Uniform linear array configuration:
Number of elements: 16
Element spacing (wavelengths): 1
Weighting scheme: kaiser
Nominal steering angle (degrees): -30
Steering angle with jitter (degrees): -31.624
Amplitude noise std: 0.05
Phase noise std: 0.05

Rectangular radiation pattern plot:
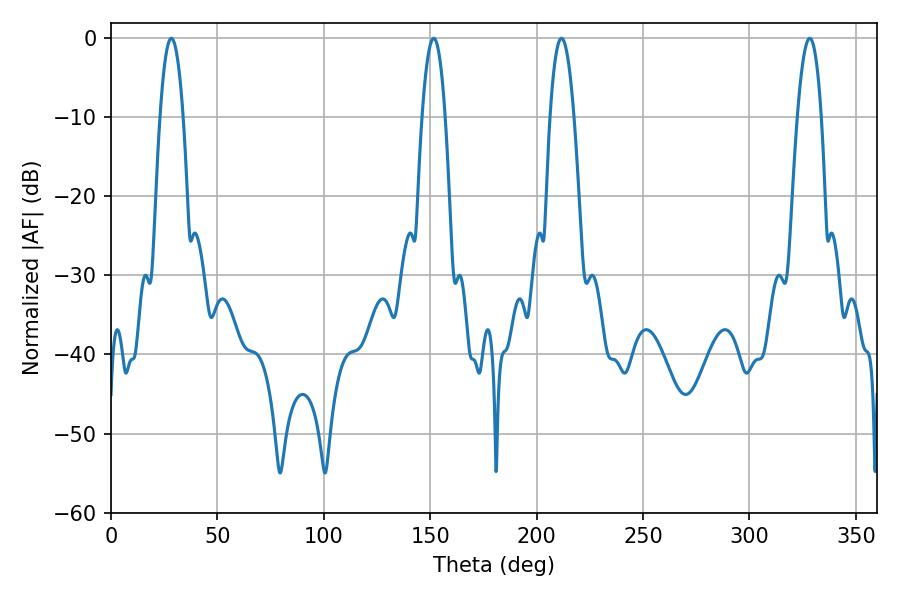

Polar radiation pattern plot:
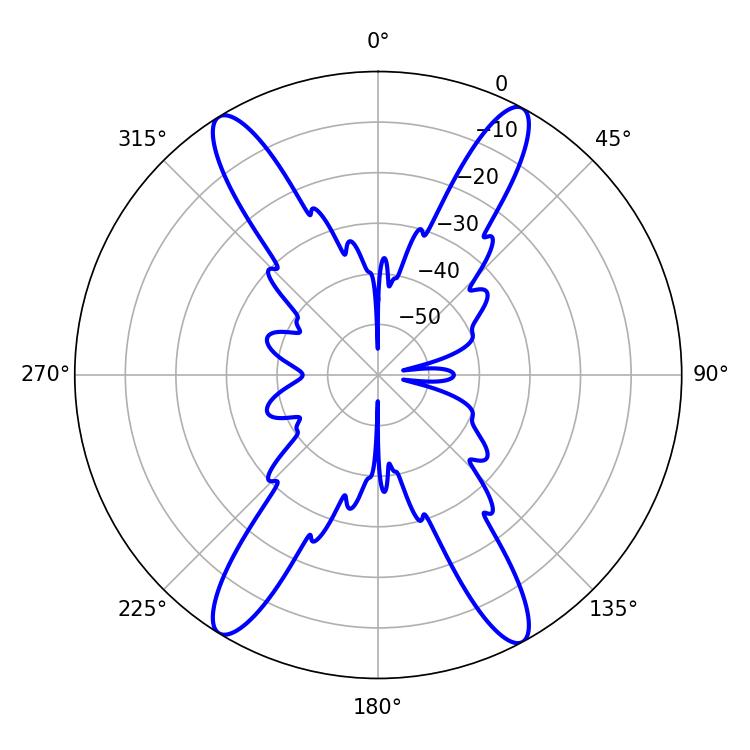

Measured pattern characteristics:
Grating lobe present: TRUE
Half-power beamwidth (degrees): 6.12
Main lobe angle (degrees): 328.32